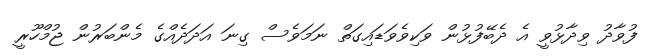
ފުވާދު ވިދާޅުވީ އެ ދެބޭފުޅުން ވަކިވެވަޑައިގަތް ނަމަވެސް ގިނަ އަދަދެއްގެ މެންބަރުން ޖުމްހޫރީ